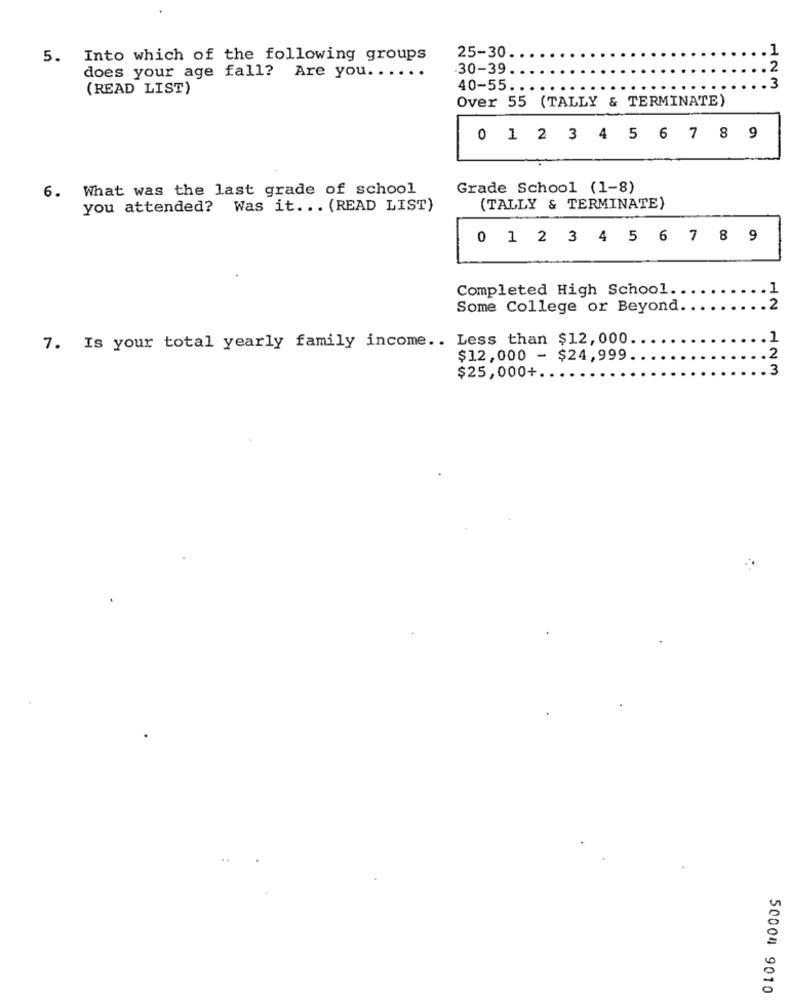
25-30
5. Into which of the following groups
does your age fall? Are you ......
.30-39.
(READ LIST)
40-55 ..
Over 55 (TALLY & TERMINATE)
0 1 2 3 4 5 6 7 8 9
6. What was the last grade of school
Grade School (1-8)
you attended? Was it ... (READ LIST)
(TALLY & TERMINATE)
0 1 2 3 4 5 6 7 8 9
Completed High School ..
Some College or Beyond.
2
7. Is your total yearly family income .. Less than $12,000.
1
2
$12,000 - $24,999.
3
$25,000+.
50004 9010